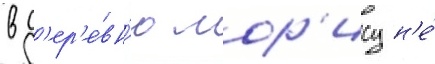
в д'ер'е́вн'ю мор'ису н'е́